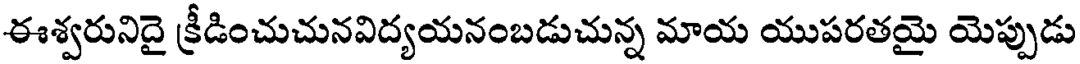
ఈశ్వరునిదై క్రీడించుచునవిద్యయనంబడుచున్న మాయ యుపరతయై యెప్పుడు